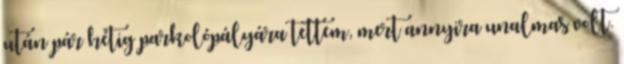
után pár hétig parkolópályára tettem, mert annyira unalmas volt.